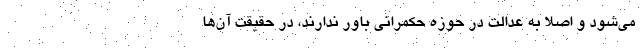
می‌شود و اصلا به عدالت در حوزه حکمرانی باور ندارند، در حقیقت آن‌ها